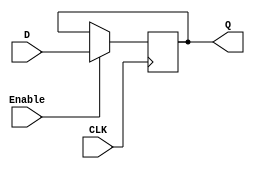
module D_flipflop(Q, D, CLK, Enable);

	output reg Q;
	input D, CLK, Enable;

	initial begin 
		Q = 1'b0; 
	end

	always @(posedge CLK) begin
		if(Enable)
			Q <= D;
	end
	
endmodule